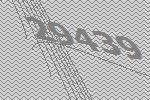
29439